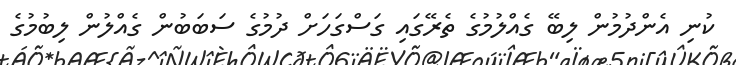
ކުނި އެންދުމުން ލިބޭ ގެއްލުމުގެ ތެރޭގައި ގަސްގަހަށް ދުމުގެ ސަބަބުން ގެއްލުން ލިބުމުގެ